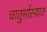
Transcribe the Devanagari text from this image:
चातुर्मास्यात